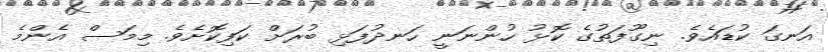
އަނގަ ކުޑައެވެ. ނިގޫފަތުގެ ކޮޅު ހުންނަނީ ހަނދުފަޅި ބުރަށް ކަފިކޮށެވެ. މިމަސް އެންމެ